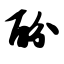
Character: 酚